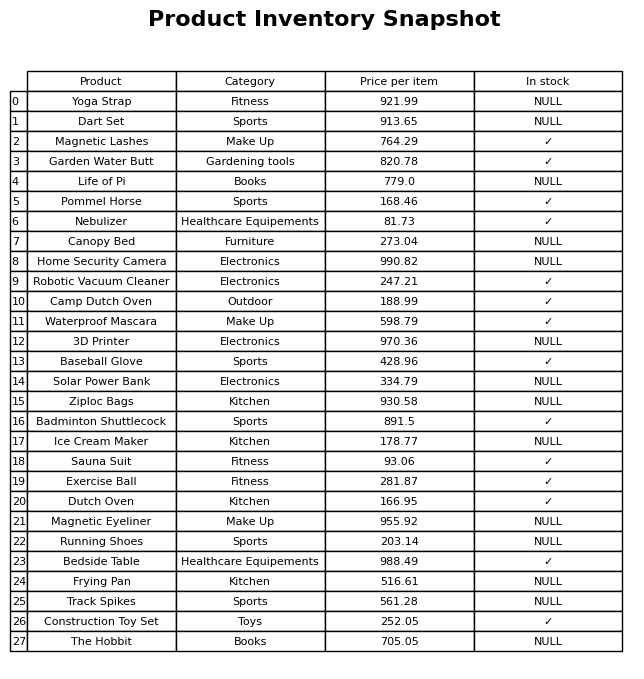
question: What is the price of the Life of Pi?
answer: The price of Life of Pi is 779.0.